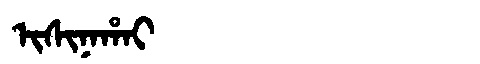
Manchu: ᡳᠰᡳᠨᠠᡥᠠᡳ
Romanization: ISINAHAI